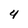
Character: 4